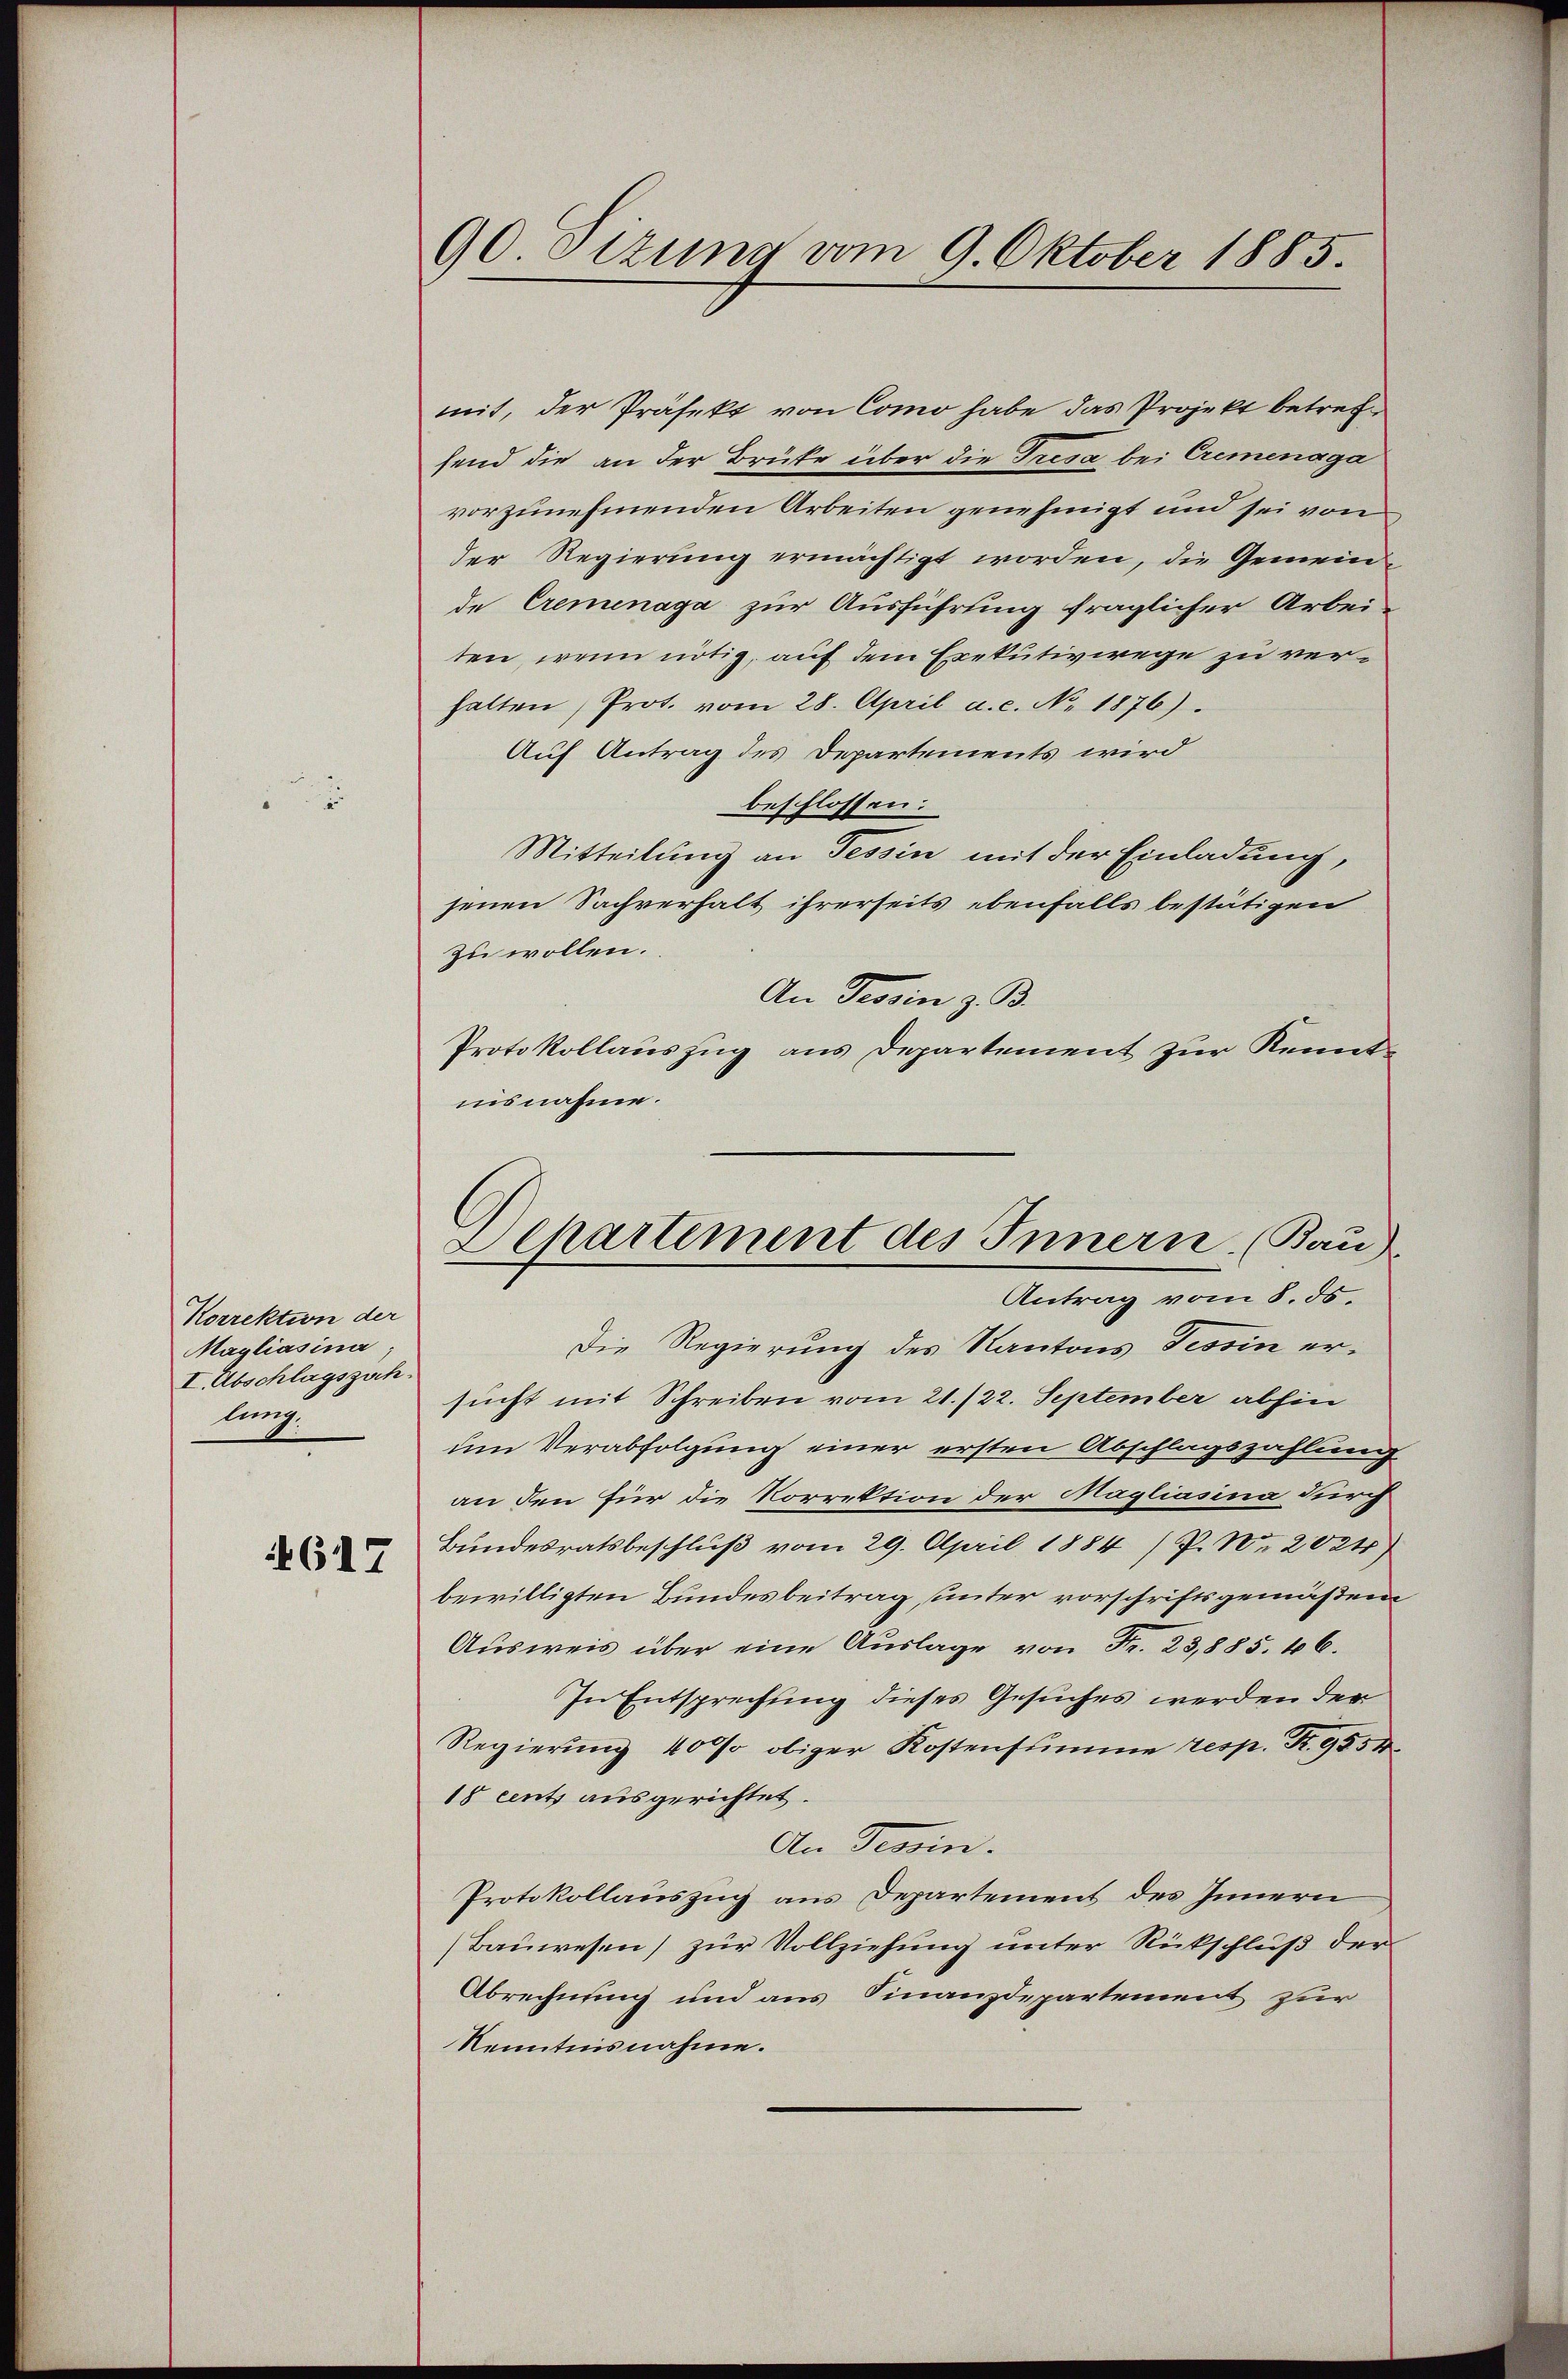
Korrektion der
Magliasina,
I. Abschlagszuch
lung.

617

90 Sizung vom 9. Oktober 1885.

mit, der Präfekt von Como habe das Projekt betref
send die an der Brüke über die Tresa bei Cremenaga
vorzunehmenden Arbeiten genehmigt und sei vom
der Regierung ermächtigt worden, die Gemeinde Cremenaga zur Ausführung fraglicher Arbei-
ten, wenn nötig, auf dem Exekutivwege zu verhalten, Prot. vom 28. April a. c. No. 1876).
Auf Antrag des Departements wird
beschlossen:
Mitteilung an Tessin mit der Einladung,
jenen Sachverhalt ihrerseits ebenfalls bestätigen
zu wollen.
An Tessin z. B.
Protokollauszug aus Departement zur Kenntiisnahme.
Die Regierung des Kantons Tessin ersucht mit Schreiben vom 21./22. September abhin
um Verabfolgung einer ersten Abschlagszahlung
an den für die Vorrektion der Magliasina durch
Bundesratsbeschluß vom 29. April 1884 /P. Nr. 2024)
bewilligten Bundesbeitrag, unter vorschriftsgemäßen
Ausweis über eine Auslage von Fr. 23,885. 46.
In Entsprechung dieses Gesuches werden der
Regierung 400 obiger Kostensumme resp. Fr. 9554
18 cents ausgerichtet.
An Tessin.
Protokollauszug aus Departement des Innern
Bauwesen) zur Vollziehung unter Rückschluß der
Abrechnung und aus Finanzdepartement zur
Kenntnisnahme.

Departement des Innern (Bau)
Antrag vom 8. ds.